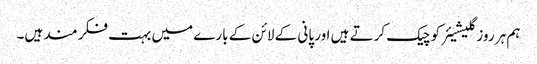
ہم ہر روز گلیشیئر کو چیک کرتے ہیں اور پانی کے لائن کے بارے میں بہت فکر مند ہیں۔